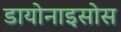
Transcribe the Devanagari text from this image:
डायोनाइसोस